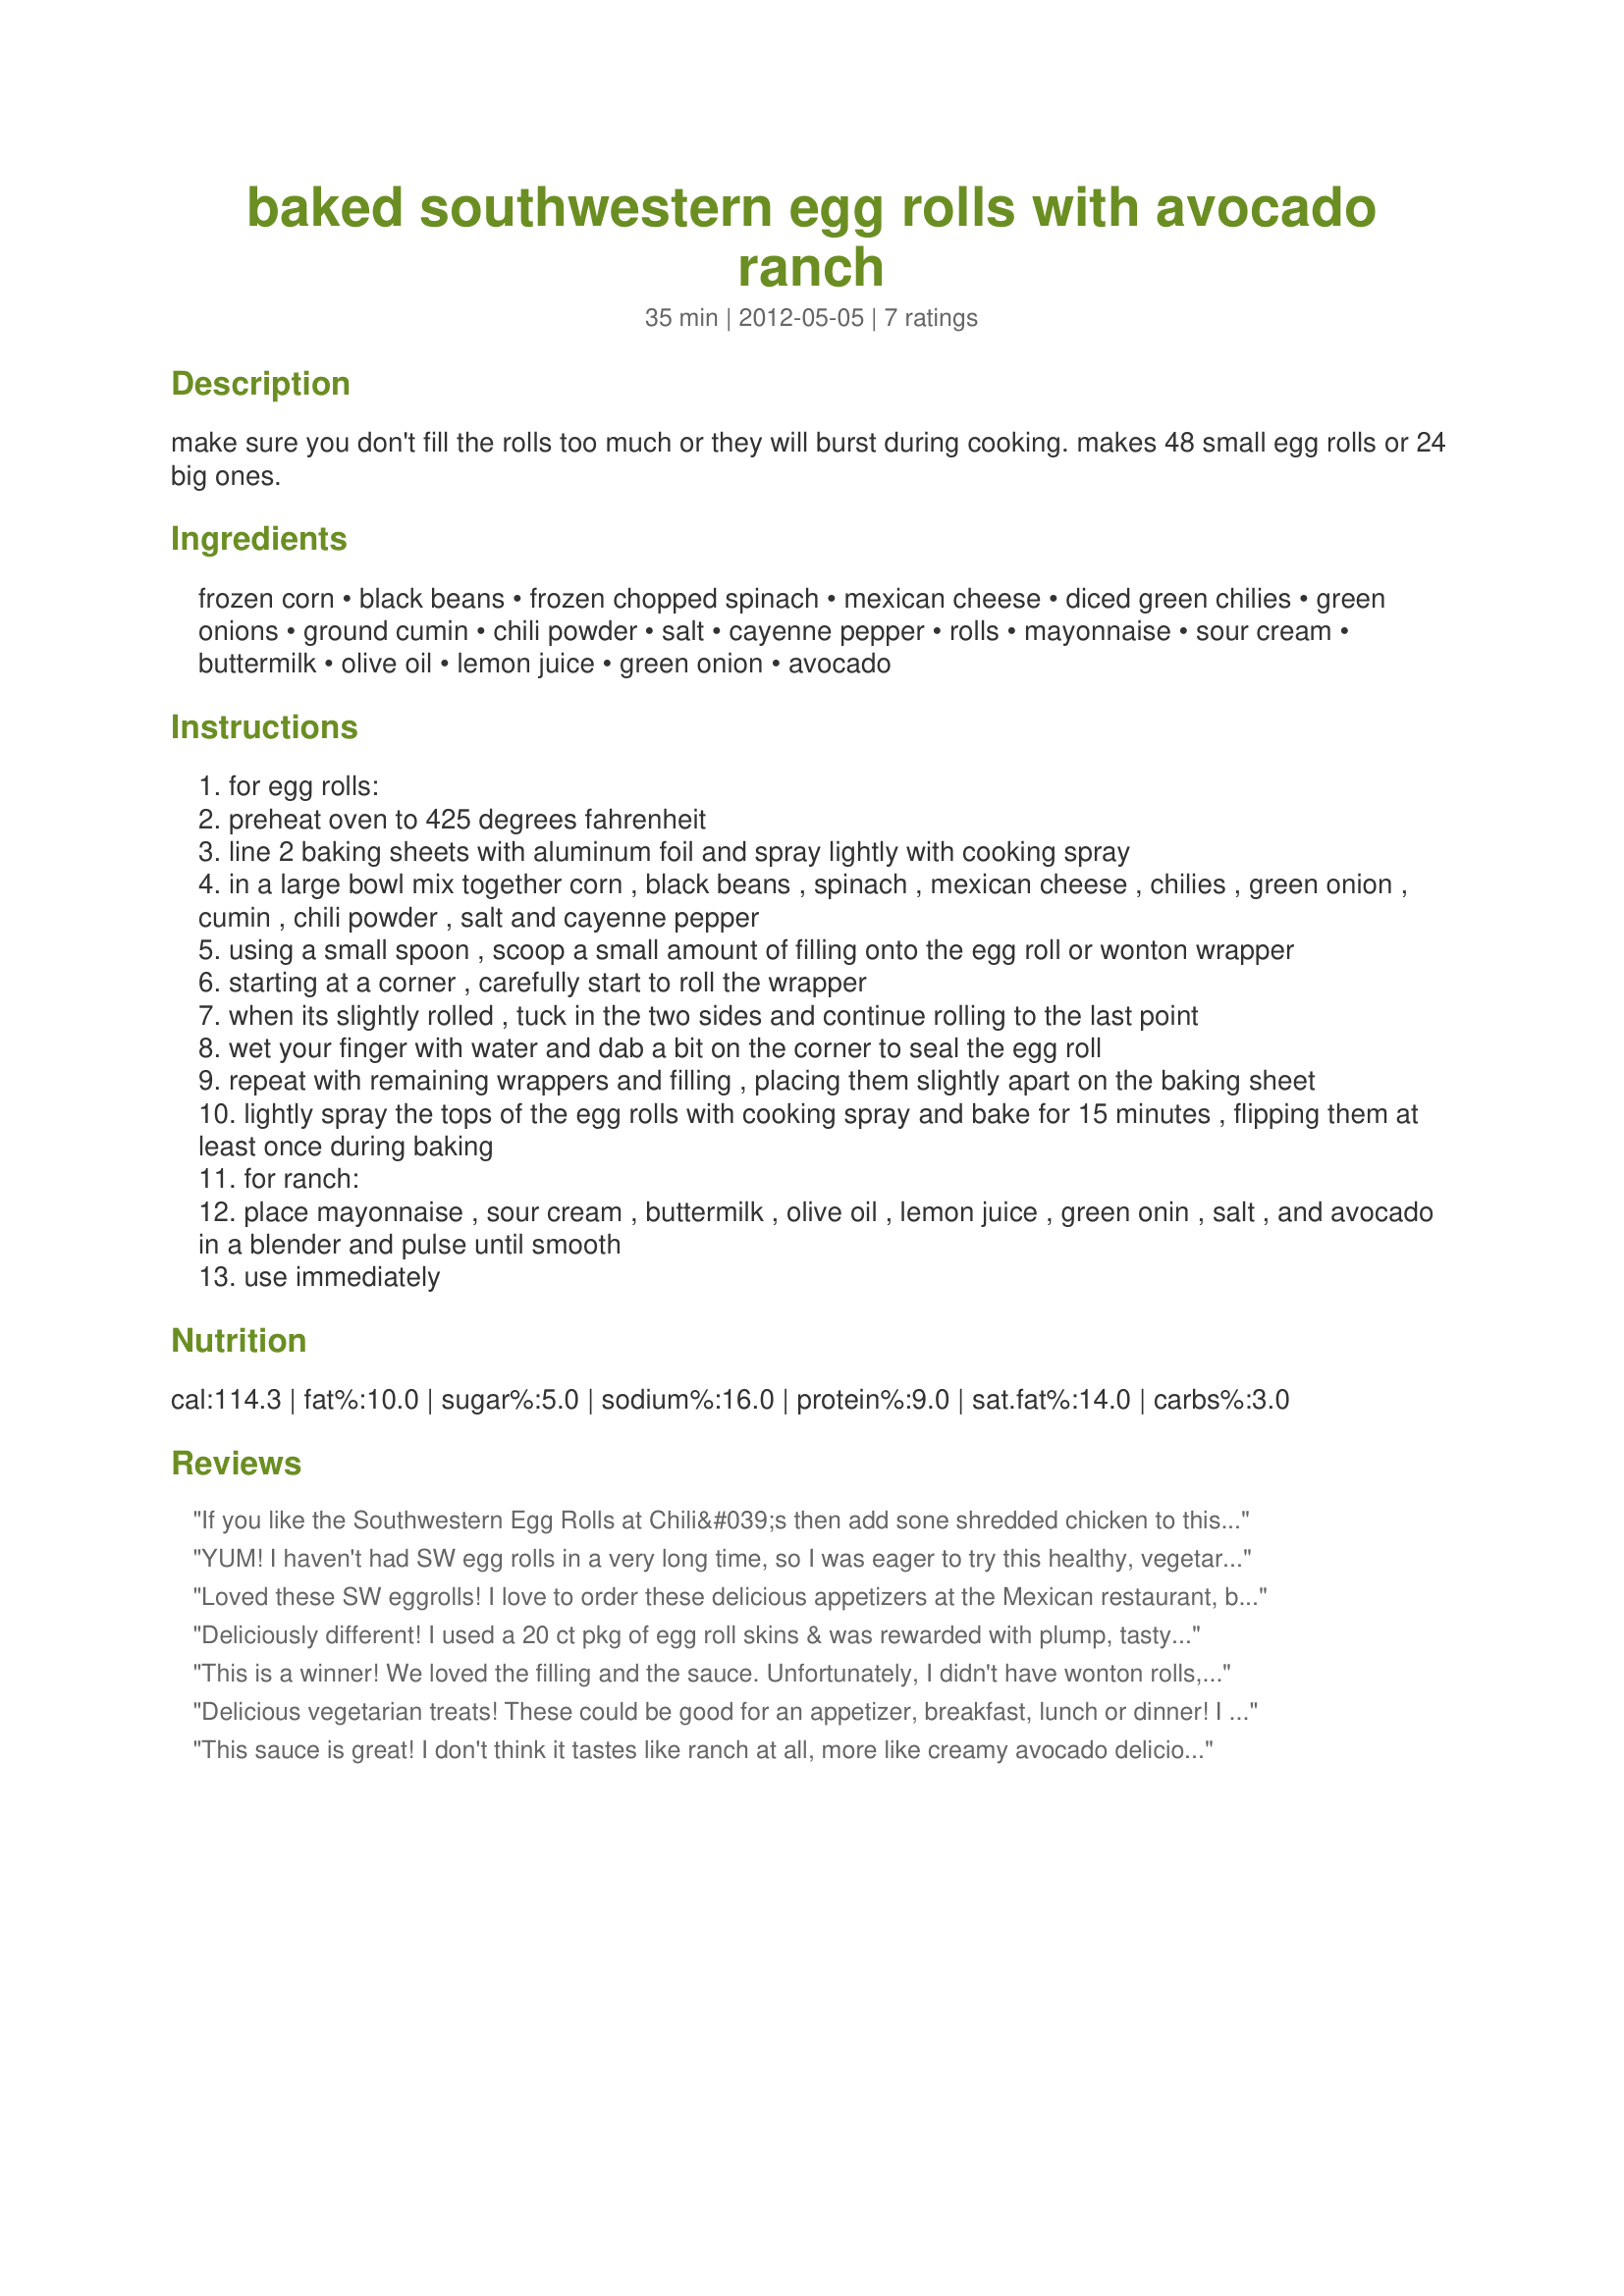
baked southwestern egg rolls with avocado ranch
Preparation time: 35 minutes

make sure you don't fill the rolls too much or they will burst during cooking. makes 48 small egg rolls or 24 big ones.

Ingredients:
frozen corn, black beans, frozen chopped spinach, mexican cheese, diced green chilies, green onions, ground cumin, chili powder, salt, cayenne pepper, rolls, mayonnaise, sour cream, buttermilk, olive oil, lemon juice, green onion, avocado

Steps:
for egg rolls:
preheat oven to 425 degrees fahrenheit
line 2 baking sheets with aluminum foil and spray lightly with cooking spray
in a large bowl mix together corn , black beans , spinach , mexican cheese , chilies , green onion , cumin , chili powder , salt and cayenne pepper
using a small spoon , scoop a small amount of filling onto the egg roll or wonton wrapper
starting at a corner , carefully start to roll the wrapper
when its slightly rolled , tuck in the two sides and continue rolling to the last point
wet your finger with water and dab a bit on the corner to seal the egg roll
repeat with remaining wrappers and filling , placing them slightly apart on the baking sheet
lightly spray the tops of the egg rolls with cooking spray and bake for 15 minutes , flipping them at least once during baking
for ranch:
place mayonnaise , sour cream , buttermilk , olive oil , lemon juice , green onin , salt , and avocado in a blender and pulse until smooth
use immediately

Reviews:
If you like the Southwestern Egg Rolls at Chili&#039;s then add sone shredded chicken to this recipe.
YUM! I haven't had SW egg rolls in a very long time, so I was eager to try this healthy, vegetarian version... These did not disappoint at all. I was really frustrated rolling the egg rolls at first and simply could not pull them off right, but after a while I just reached some sort of zen mode and quickly ended up with two dozen perfect-looking egg rolls. Don't know how I did it :P I doubled the amount of cumin and added two chopped serranos to the filling, and I skipped the avocado ranch entirely and served these with homemade pico de gallo instead. I did not miss the ranch at all, and thought the pico was the perfect accompaniment. Thanks for sharing this recipe! [Reviewed for BEST OF 2012]
Loved these SW eggrolls! I love to order these delicious appetizers at the Mexican restaurant, but their version is fried. Now I can have them baked - Yea! I really liked the dipping sauce as well. Can't believe how easy these eggrolls are to make -- once you get used to rolling them, it goes really fast. I'm making these at 9AM, but who cares -- they would make a great brunch or appetizer dish. Made for ZWT-8-Mexico/US SW.
Deliciously different! I used a 20 ct pkg of egg roll skins & was rewarded with plump, tasty treats. I elected to serve with salsa so didn't make the dip. With salsa there was some tiny additional seasoning needed, but I think the dip would finish these perfectly. The insides of bean, corn, & spinach were slightly cheesy and made a terrific vegetarian option. Thank you for sharing the recipe! I'll make these again!
This is a winner! We loved the filling and the sauce. Unfortunately, I didn't have wonton rolls, so I used rice papper -- normally used for spring rolls -- and it's really not the right stuff for a back egg roll. But c'est la vie. The flavors were fantastic! I veganized it using Daiya cheese and vegan substitutes for the mayo and sour cream. I thought the sauce was the right consistency, so I didn't add the buttermilk. We're going to make this again, and we're going to find other uses for this recipe too. Perhaps regular burritos, or maybe a hot pocket, or even served over lettuce as a big mexican salad. So many options!
Delicious vegetarian treats! These could be good for an appetizer, breakfast, lunch or dinner! I didn't quite get 24 eggrolls and it seemed like the right amount of filling. Also the avocado sauce is so delicious (also used it for a fish taco sauce) but tastes like avocado not ranch. I think if you wanted it to be more "ranchy" you could add a ranch salad dressing seasoning packet or some herbs and spices.
This sauce is great! I don't think it tastes like ranch at all, more like creamy avocado deliciousness. I found myself wanting to just eat it with a spoon! The egg rolls were easy to make and I had everything I needed already in the pantry. I added some jalapenos to spice it up a bit, and enjoyed having an appetizer dinner. Plan on making this sauce for other things! Made for Best of 2012 tag game!
